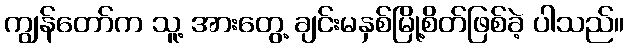
ကျွန်တော်က သူ့ အားတွေ့ ချင်းမနှစ်မြို့စိတ်ဖြစ်ခဲ့ ပါသည်။